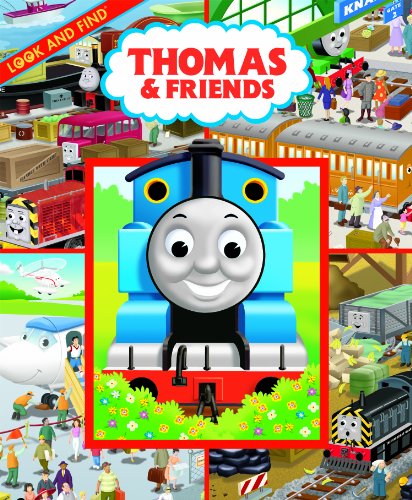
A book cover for Thomas & Friends (Look And Find); Editors of Publications International Ltd.; Children's Books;